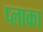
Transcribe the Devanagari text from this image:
प्लाका